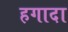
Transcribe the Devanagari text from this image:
हगादा